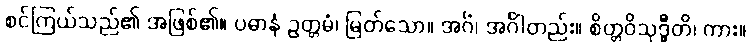
စင်ကြယ်သည်၏ အဖြစ်၏။ ပဓာနံ ဥတ္တမံ၊ မြတ်သော။ အင်္ဂံ၊ အင်္ဂါတည်း။ စိတ္တဝိသုဒ္ဓီတိ၊ ကား။